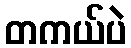
တကယ်ပဲ